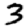
Digit: 3